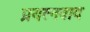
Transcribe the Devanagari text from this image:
प्रयत्नवाद